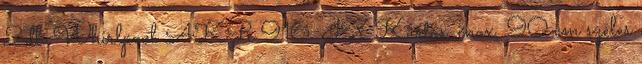
2db Whirlpool AKR 916 IX Kürtős, inox, 90 cm széles